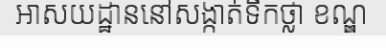
អាសយដ្ឋាននៅសង្កាត់ទឹកថ្លា ខណ្ឌ